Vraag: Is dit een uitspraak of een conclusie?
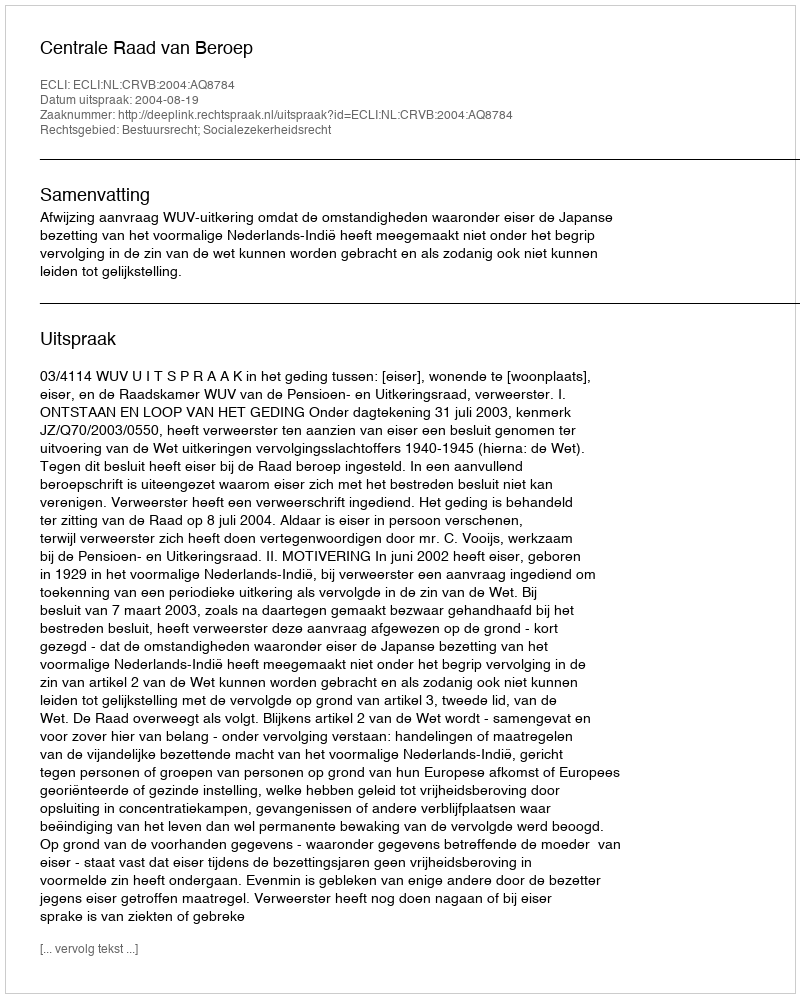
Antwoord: Uitspraak